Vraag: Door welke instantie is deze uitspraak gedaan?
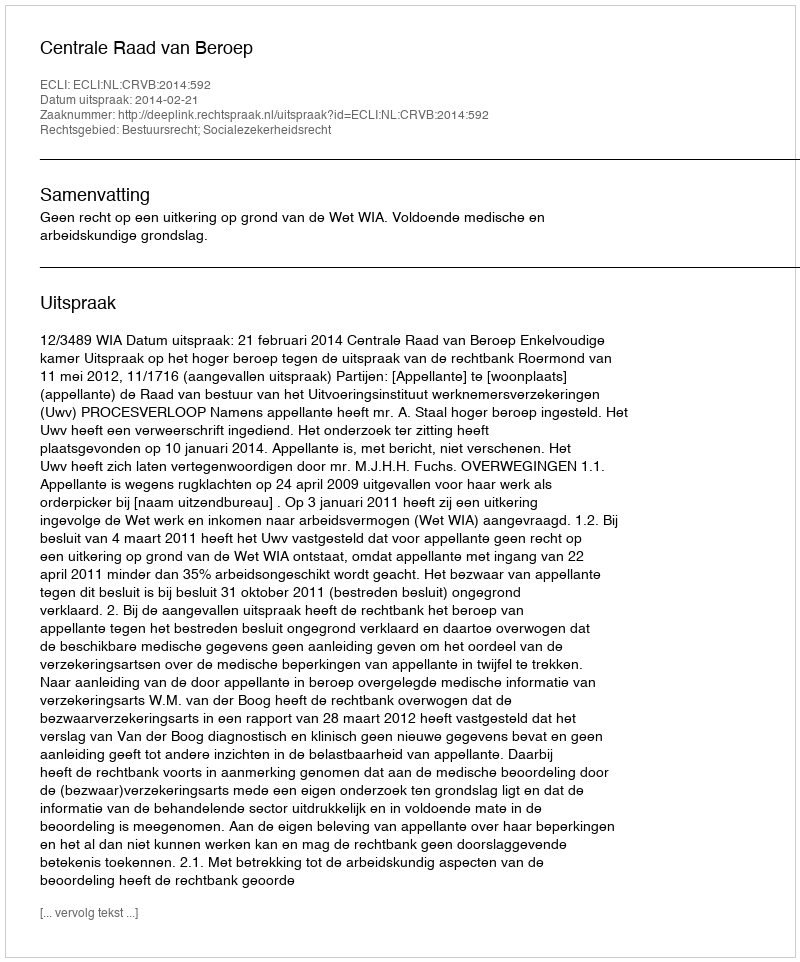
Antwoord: Centrale Raad van Beroep